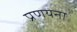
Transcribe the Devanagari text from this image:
प्रणयना